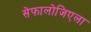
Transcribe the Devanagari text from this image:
सेफालोजिएला